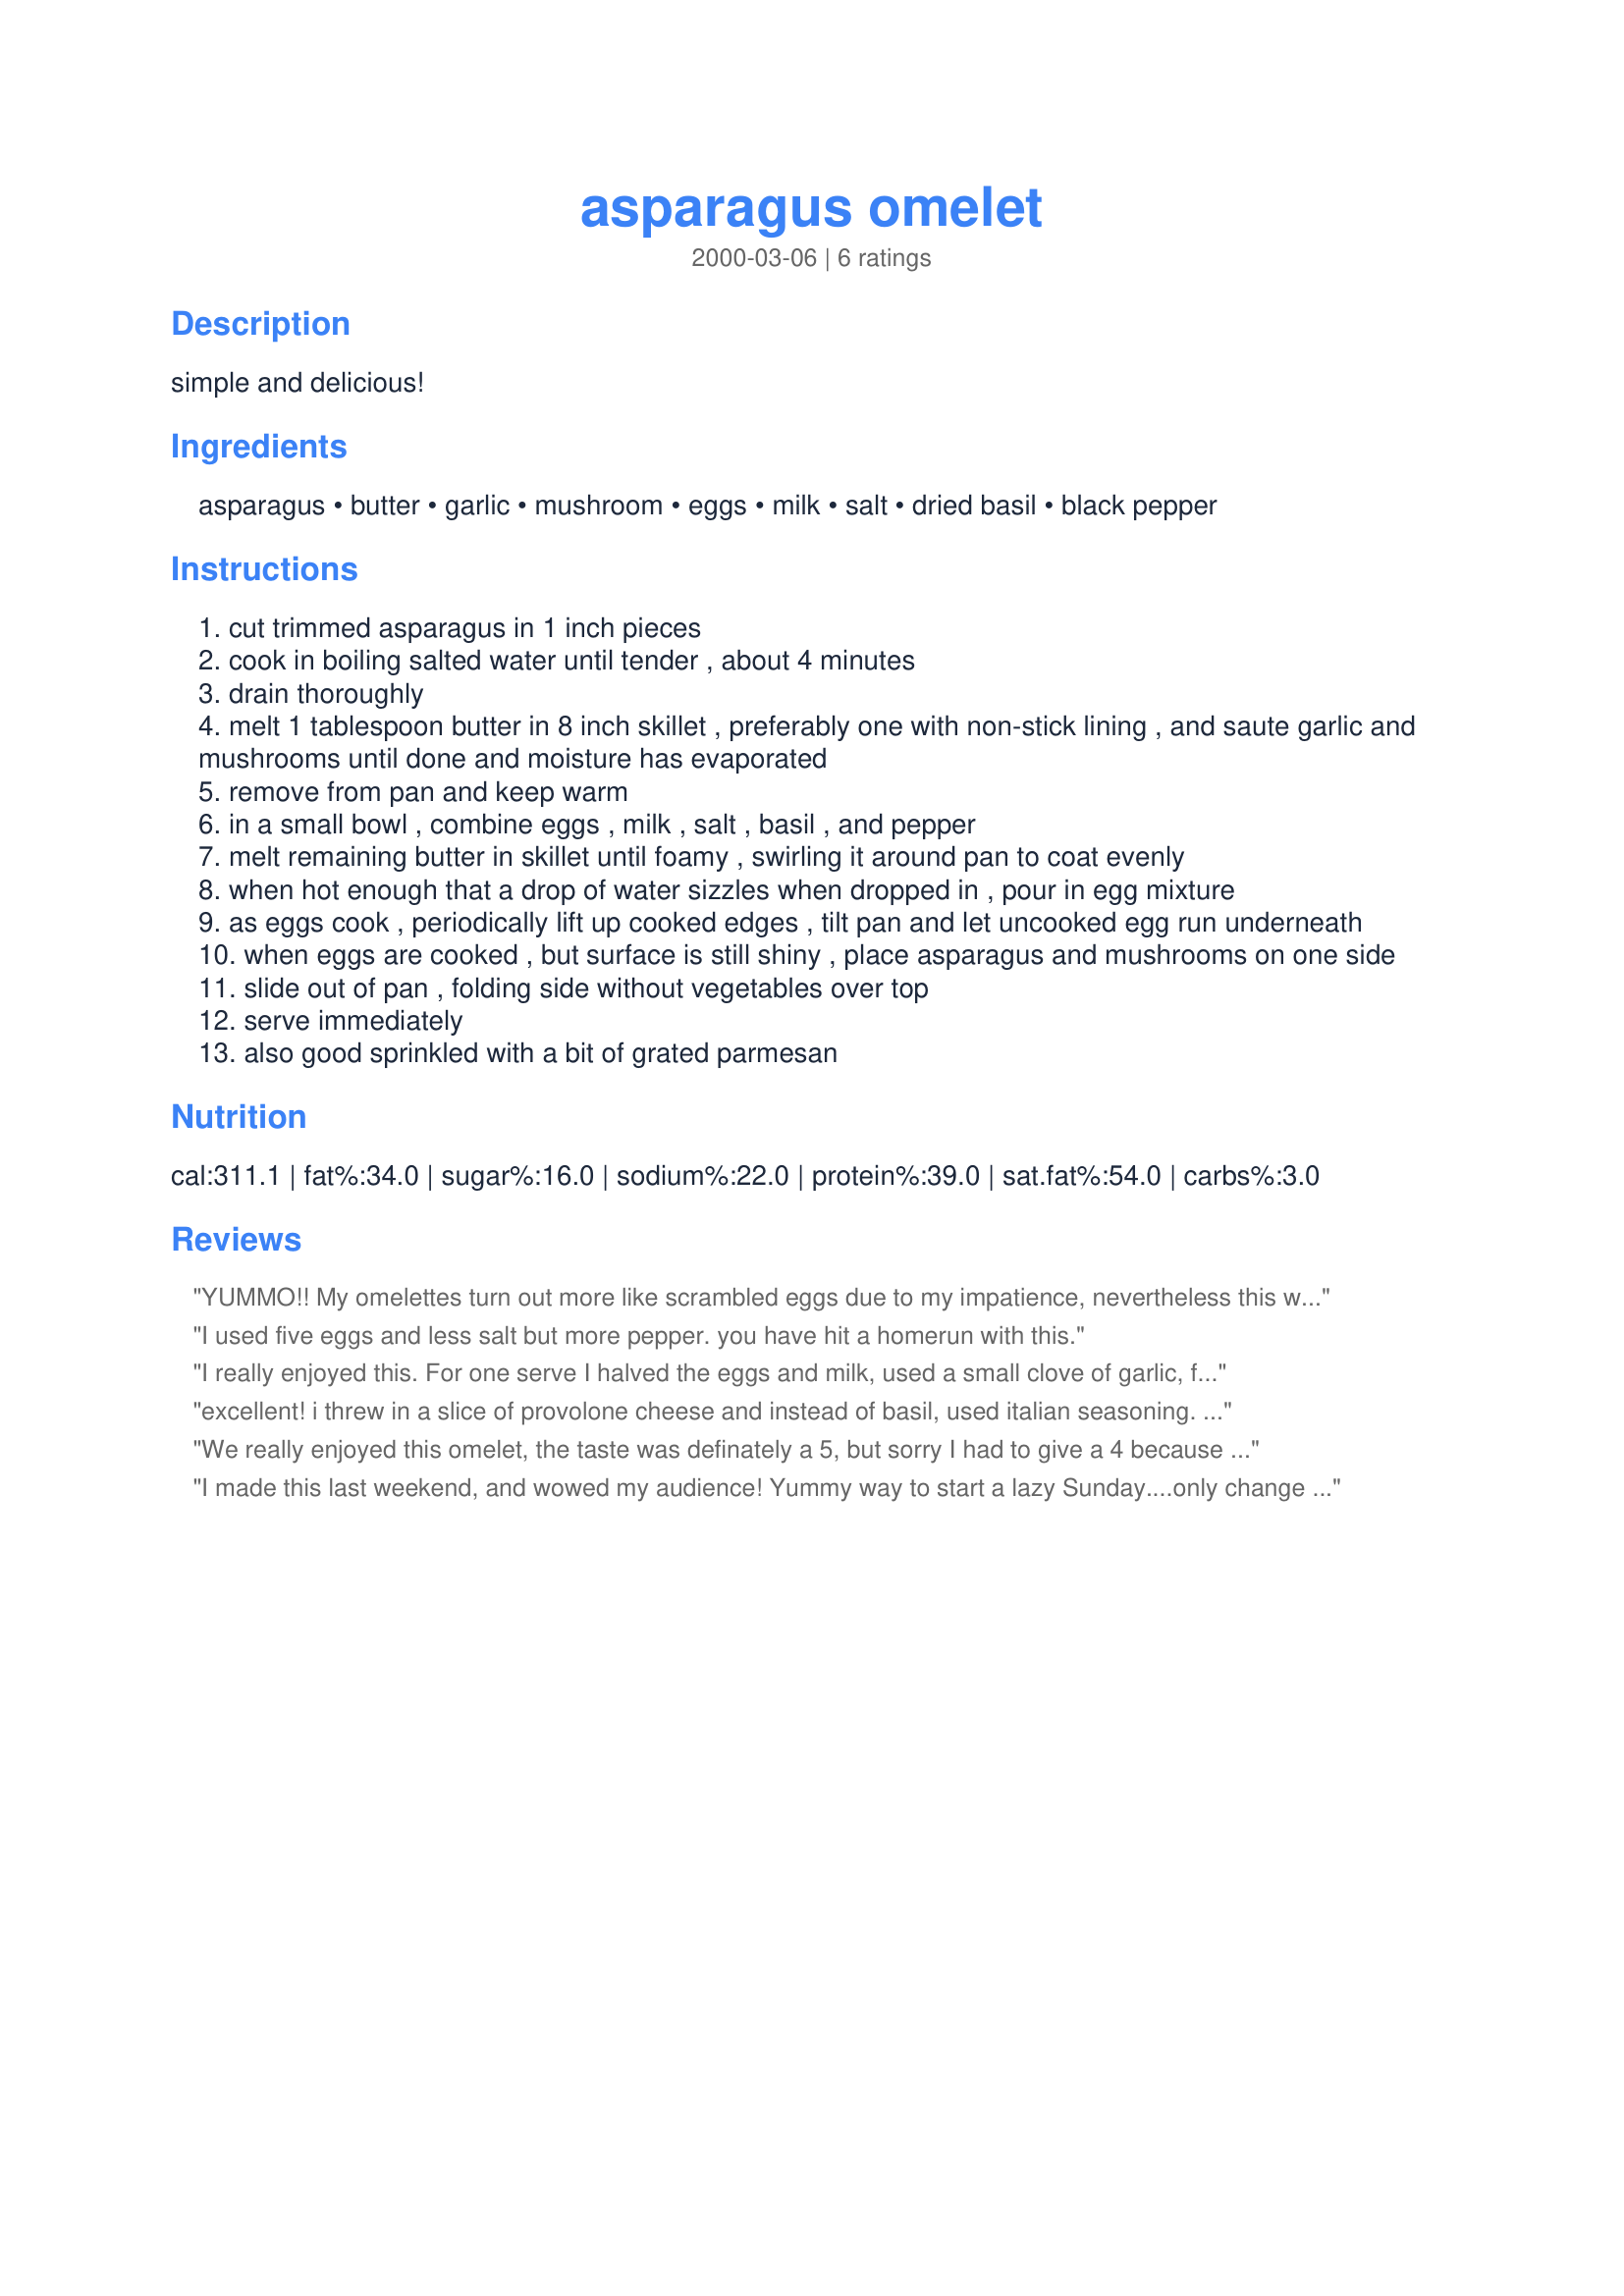
asparagus omelet
Preparation time: 0 minutes

simple and delicious!

Ingredients:
asparagus, butter, garlic, mushroom, eggs, milk, salt, dried basil, black pepper

Steps:
cut trimmed asparagus in 1 inch pieces
cook in boiling salted water until tender , about 4 minutes
drain thoroughly
melt 1 tablespoon butter in 8 inch skillet , preferably one with non-stick lining , and saute garlic and mushrooms until done and moisture has evaporated
remove from pan and keep warm
in a small bowl , combine eggs , milk , salt , basil , and pepper
melt remaining butter in skillet until foamy , swirling it around pan to coat evenly
when hot enough that a drop of water sizzles when dropped in , pour in egg mixture
as eggs cook , periodically lift up cooked edges , tilt pan and let uncooked egg run underneath
when eggs are cooked , but surface is still shiny , place asparagus and mushrooms on one side
slide out of pan , folding side without vegetables over top
serve immediately
also good sprinkled with a bit of grated parmesan

Reviews:
YUMMO!! My omelettes turn out more like scrambled eggs due to my impatience, nevertheless this was delicious. A quick, simple, tasty lunch :)
I used five eggs and less salt but more pepper. you have hit a homerun with this.
I really enjoyed this. For one serve I halved the eggs and milk, used a small clove of garlic, four asparagus spears, two mushroom caps and six basil leaves. Rather than boil the asparagus I sauted it in a non-stick pan, along with the mushrooms, for about five minutes - my asparagus was quite thick. I then wiped out the pan and made the omelet, adding the ingredients as specified. I only just noticed parmesan can be added. I'll make it again soon with parmesan, and will update my review.
excellent! i threw in a slice of provolone cheese and instead of basil, used italian seasoning. served with bacon and called it a weeknight dinner. my husband raved!
We really enjoyed this omelet, the taste was definately a 5, but sorry I had to give a 4 because I think for an omelet this size there was way too much filling, I had a hard time fliping it once it was filled. Perhaps next time I would add an additional egg or make it into a fritatta, or of course use less filling. All in all it was delicious, thanks for sharing a keeper!!
I made this last weekend, and wowed my audience! Yummy way to start a lazy Sunday....only change I made was to add some salt to the mushrooms as they cooked - drew out the moisture. Great recipe!
